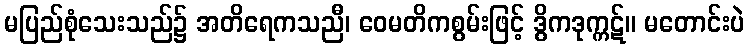
မပြည်စုံသေးသည်၌ အတိရေကသညီ၊ ဝေမတိကစွမ်းဖြင့် ဒွိကဒုက္ကဋ်။ မတောင်းပဲ